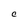
Character: C